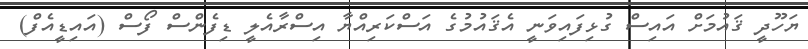
ޔަހޫދީ ޤައުމަށް އައިސް ގުޅިފައިވަނީ އެޤައުމުގެ އަސްކަރިއްޔާ އިސްރާއެލީ ޑިފެންސް ފޯސް (އައިޑީއެފް)